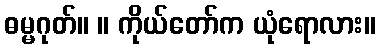
ဓမ္မဂုတ်။ ။ ကိုယ်တော်က ယုံရောလား။